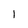
Character: 1